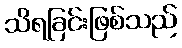
သိရခြင်းဖြစ်သည်